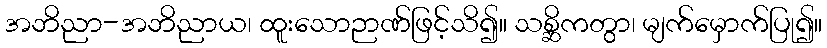
အဘိညာ-အဘိညာယ၊ ထူးသောဉာဏ်ဖြင့်သိ၍။ သစ္ဆိကတွာ၊ မျက်မှောက်ပြု၍။